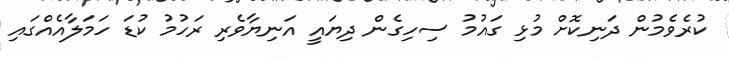
ކުރެވެމުން ދަނިކޮށް މުޅި ގައުމު ސިހިގެން ދިޔައީ އަނިޔާވެރި ރަހުމު ކުޑަ ހަމަލާއެއްގައި